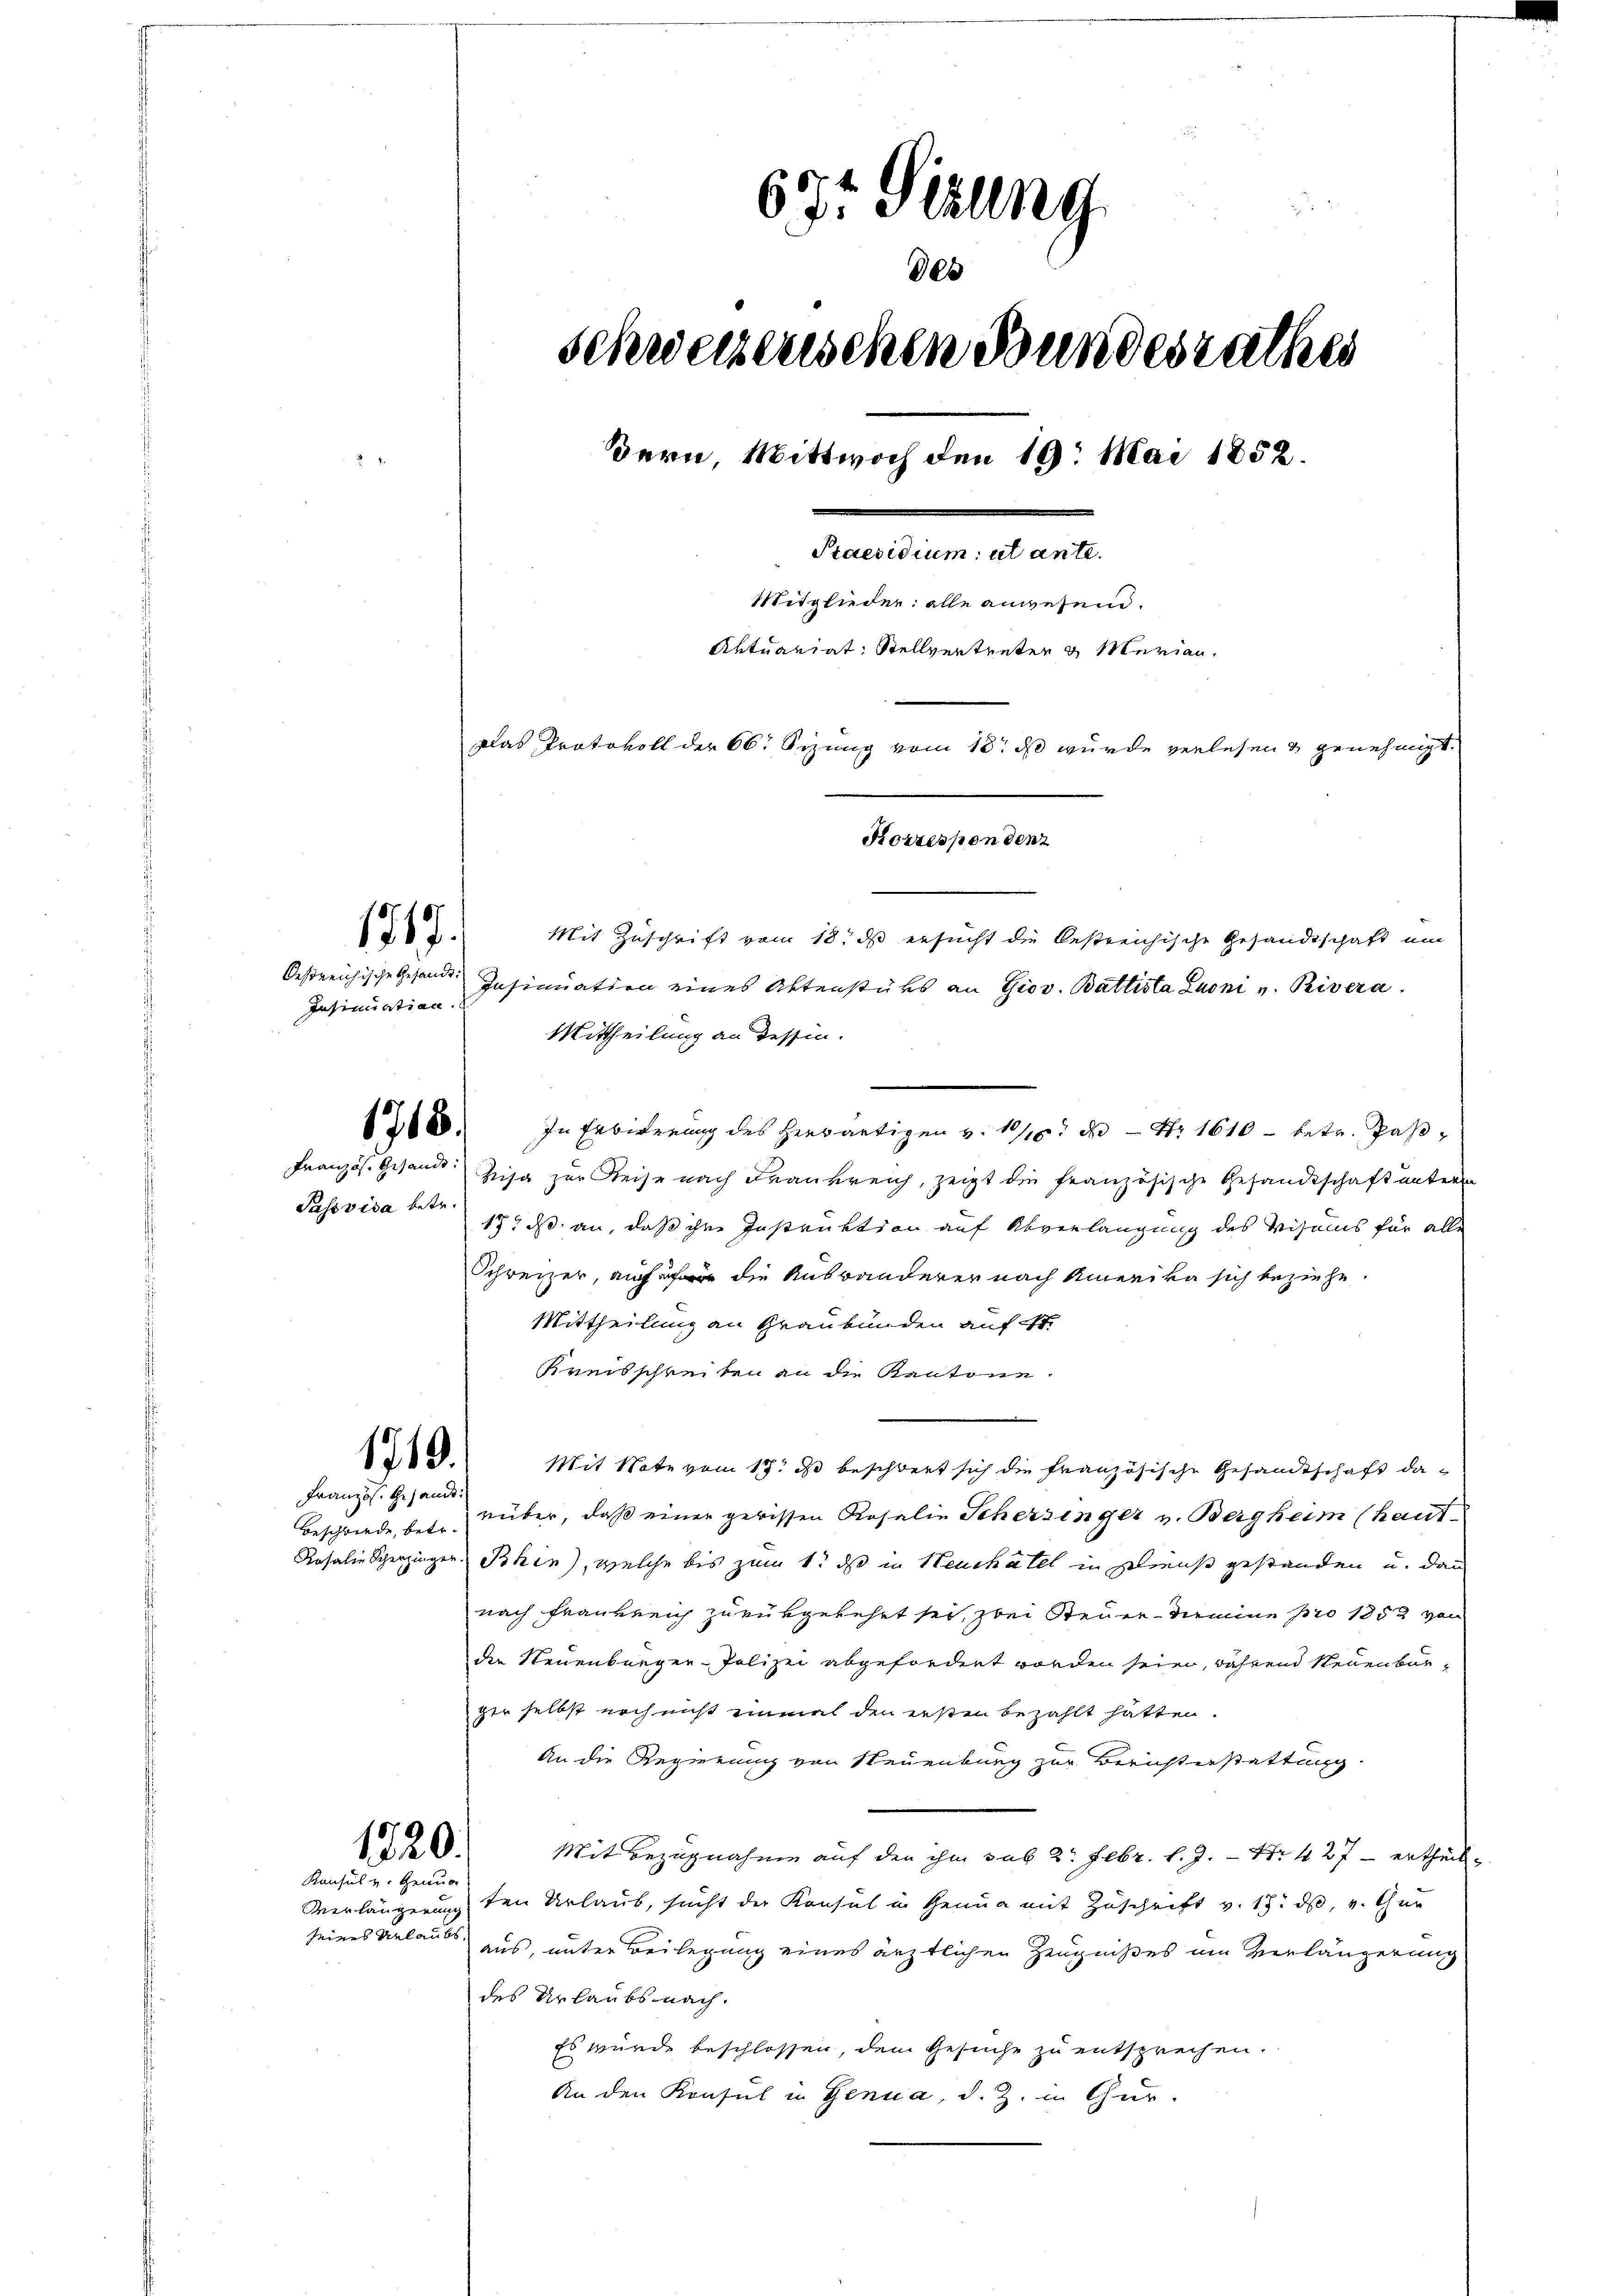
Mit Zuschrift vom 18. ds ersucht die bestreichische Gesandtschaft ein
Insiniation eines Aktenstüks an Giov. Battista Laoni v. Rivera
Mittheilung an dessen.
1268. In Erbitterung des herwärtigen v. 10/10. der Nr. 1610 - betr. Paβ-
Visa zur Reise nach Frankreich, zeigt die französische Gesandtschaft untern
Passvisa betr. 17. d. an, daß ihre Instruktion auf Abverlangung des Visums für alle
Schreizer, auf die Auswanderer nach Amerika sich beziehe.
Mittheilung an Graubünden auf ist.
Kreisschreiben an die Kantone.
Mit Note vom 17t d beschwert sich die französische Gesandtschaft darüber, daß einer gewissen Rosalie Scherzinger v. Bergheim (haut.
Rosalie Sperzinger Bhin), welche bis zum 1. ds in Neuchatel in Greis gestanden u. dann
nach Frankreich zurükgekehrt sei, zwei Steuer damine pro 1853 von
die Neuenburger-Polizei abgefordert worden seien, während Neuenburger selbst noch nicht einmal den ersten bezahlt hatte.
An die Regierung von Neuenburg zur Berichterstattung.
Mit Bezugnahme auf den ihm sub 2 Febr. l. J. Nr. 427 - ertheil¬
Verlängerung den Urlaub, sucht der Konsul in Genua mit Zuschrift v. 17. ds, v. Thur
seines Urlaub aus, unter Beilegung eines ärztlichen Zeugnißes um Verlängerung
des Urlaubsnach.
Es wurde beschlossen, dem Gesuche zu entsprechen.
An den Konsul in Genua, d. Z. in Chur-

Oestreichische Gesandt:
Insinuation.

63 Sizung
Bern, Mittwoch den 19. Mai 1852.
Praesidium ut ante.
Mitglieder: alle anwesend.
Aktuariat: Stellvertreten & Merian.
Das Protokoll der 66. Sizung vom 18. ds wurde verlesen & genehmigt.
Korrespondenz

1717.

Französ. Gesandt:

1719.
Französ. Gesandt.

Beschwerde, betr.

1720.
Konsul v. Genug

des

schweizenschen Bundesrathes

u